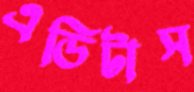
এডিটাস